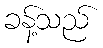
ခန့်သည်